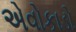
એવોકાડો